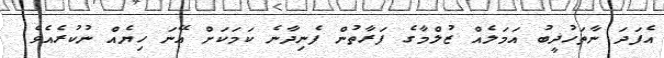
އެފަދަ ނާތަހުޛީބު އަމަލެއް ޒުލްމާގެ ފަރާތުން ފެނިދާނެ ކަމަކަށް އޭނަ ހިޔެއް ނުކުރެއެވެ.